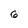
Character: 6